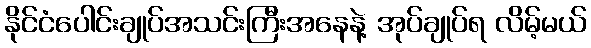
နိုင်ငံပေါင်းချုပ်အသင်းကြီးအနေနဲ့ အုပ်ချုပ်ရ လိမ့်မယ်